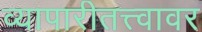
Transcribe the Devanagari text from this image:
व्यापारीतत्त्वावर